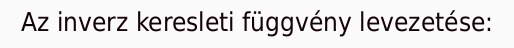
Az inverz keresleti függvény levezetése: